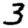
Digit: 3